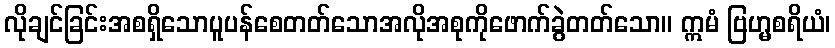
လိုချင်ခြင်းအစရှိသောပူပန်စေတတ်သောအလိုအစုကိုဖောက်ခွဲတတ်သော။ ဣမံ ဗြဟ္မစရိယံ၊